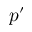
p ^ { \prime }